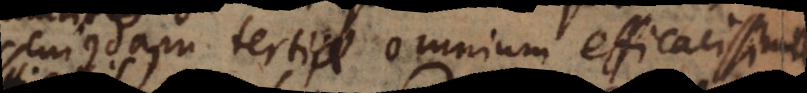
dam tertiae omnium efficacissima